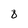
Character: 8